Report on the lunatic asylums under the Government of Bombay - 1904-1913
Year: 1904
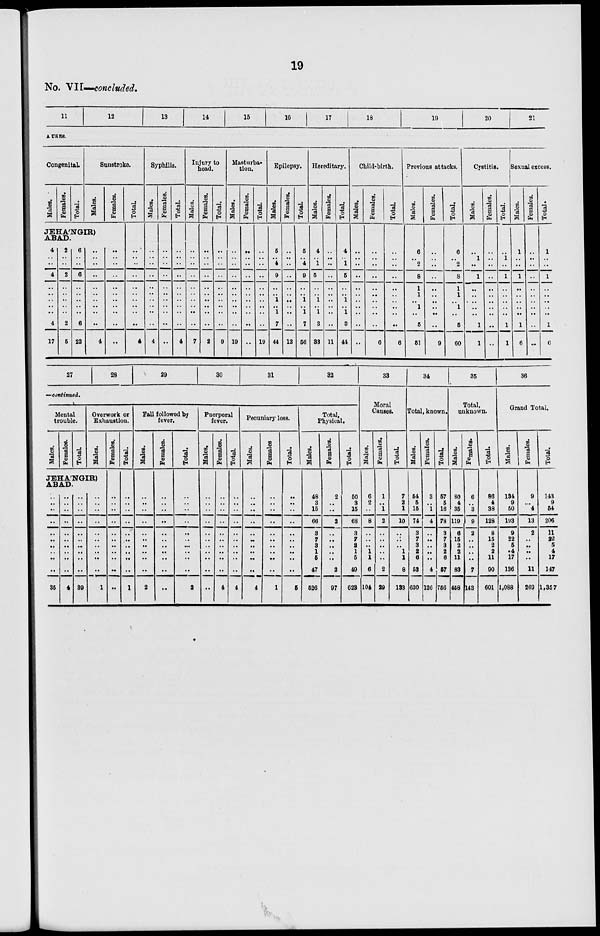
19
No. VII—concluded.
11
12
13
14
15
16
17
18
19
20
21
A USES.
Congenital.
Males.
Females.
Total.
Sunstroke.
Males.
Females.
JEHÁNGIR)
ABAD.
4
..
..
4
..
..
..
..
..
4
17
2
..
..
2
..
..
..
..
..
2
5
6
..
..
6
..
..
..
..
..
6
22
..
..
..
..
..
..
..
..
..
..
4
..
..
..
..
..
..
..
..
..
..
..
Total.
..
..
..
..
..
..
..
..
..
..
4
Syphilis.
Males.
..
..
..
..
..
..
..
..
..
..
4
Females.
..
..
..
..
..
..
..
..
..
..
..
Total.
..
..
..
..
..
..
..
..
..
..
4
Injury to
bead.
Males.
..
..
..
..
..
..
..
..
..
..
7
Females.
..
..
..
..
..
..
..
..
..
..
2
Total.
..
..
..
..
..
..
..
..
..
..
9
Masturba-
tion.
Males.
..
..
..
..
..
..
..
..
..
..
19
Females.
..
..
..
..
..
..
..
..
..
..
..
Total.
..
..
..
..
..
..
..
..
..
..
19
Epilepsy.
Males.
5
..
4
9
..
..
1
..
1
7
44
Females.
..
..
..
..
..
..
..
..
..
..
12
Total.
5
..
4
9
..
..
1
..
1
7
56
Hereditary.
Males.
4
..
1
5
..
..
1
..
1
3
33
Females.
..
..
..
..
..
..
..
..
..
..
11
Total.
4
..
1
5
..
..
1
..
1
3
41
Child-birth.
Males.
..
..
..
..
..
..
..
..
..
..
..
Females.
..
..
..
..
..
..
..
..
..
..
6
Total.
..
..
..
..
..
..
..
..
..
..
6
Previous attacks.
Males.
6
..
2
8
1
1
..
1
..
5
51
Females.
..
..
..
..
..
..
..
..
..
..
9
Total.
6
..
2
8
1
1
..
1
..
5
60
Cystitis.
Males.
..
1
..
1
..
..
..
..
..
1
1
Females.
..
..
..
..
..
..
..
..
..
..
..
Total.
..
1
..
1
..
..
..
..
..
1
1
Sexual excess.
Males.
1
..
..
1
..
..
..
..
..
1
6
Females.
..
..
..
..
..
..
..
..
..
..
..
Total.
1
..
..
1
..
..
..
..
..
1
6
27
28
29
30
31
32
—continued.
Mental
trouble.
Males.
Females.
Total.
Overwork or
Exhaustion.
Males.
JEHÁNGIR)
ABAD.
..
..
..
..
..
..
..
..
..
..
35
..
..
..
..
..
..
..
..
..
..
4
..
..
..
..
..
..
..
..
..
..
39
..
..
..
..
..
..
..
..
..
..
1
Females.
..
..
..
..
..
..
..
..
..
..
..
Total.
..
..
..
..
..
..
..
..
..
..
1
Fall followed by
fever.
Males.
..
..
..
..
..
..
..
..
..
..
2
Females.
..
..
..
..
..
..
..
..
..
..
..
Total.
..
..
..
..
..
..
..
..
..
..
2
Puerperal
fever.
Males.
..
..
..
..
..
..
..
..
..
..
..
Females.
..
..
..
..
..
..
..
..
..
..
4
Total.
..
..
..
..
..
..
..
..
..
..
4
Pecuniary loss.
Males.
..
..
..
..
..
..
..
..
..
..
4
Females
..
..
..
..
..
..
..
..
..
..
1
Total.
..
..
..
..
..
..
..
..
..
..
5
Total,
Physical.
Males.
48
3
15
66
3
7
3
1
5
47
526
Females.
2
..
..
2
..
..
..
..
..
2
97
Total.
50
3
15
68
3
7
3
1
5
49
623
33
Moral
Causes.
Males.
6
2
..
8
..
..
..
1
1
6
104
Females.
1
..
1
2
..
..
..
..
..
2
29
Total.
7
2
1
10
..
..
..
1
1
8
133
34
Total, known.
Males.
54
5
15
74
3
7
3
2
6
53
630
Females.
3
..
1
4
..
..
..
..
..
4
126
Total.
57
5
16
78
3
7
3
2
6
57
756
35
Total,
unknown.
Males.
80
4
35
119
6
15
2
2
11
83
458
Females.
6
..
3
9
2
..
..
..
..
7
143
Total.
86
4
38
128
8
15
2
2
11
90
601
36
Grand Total.
Males.
134
9
50
193
9
22
5
*4
17
136
1,088
Females.
9
...
4
13
2
..
..
..
..
11
269
Total.
143
9
54
206
11
22
5
4
17
147
1,357